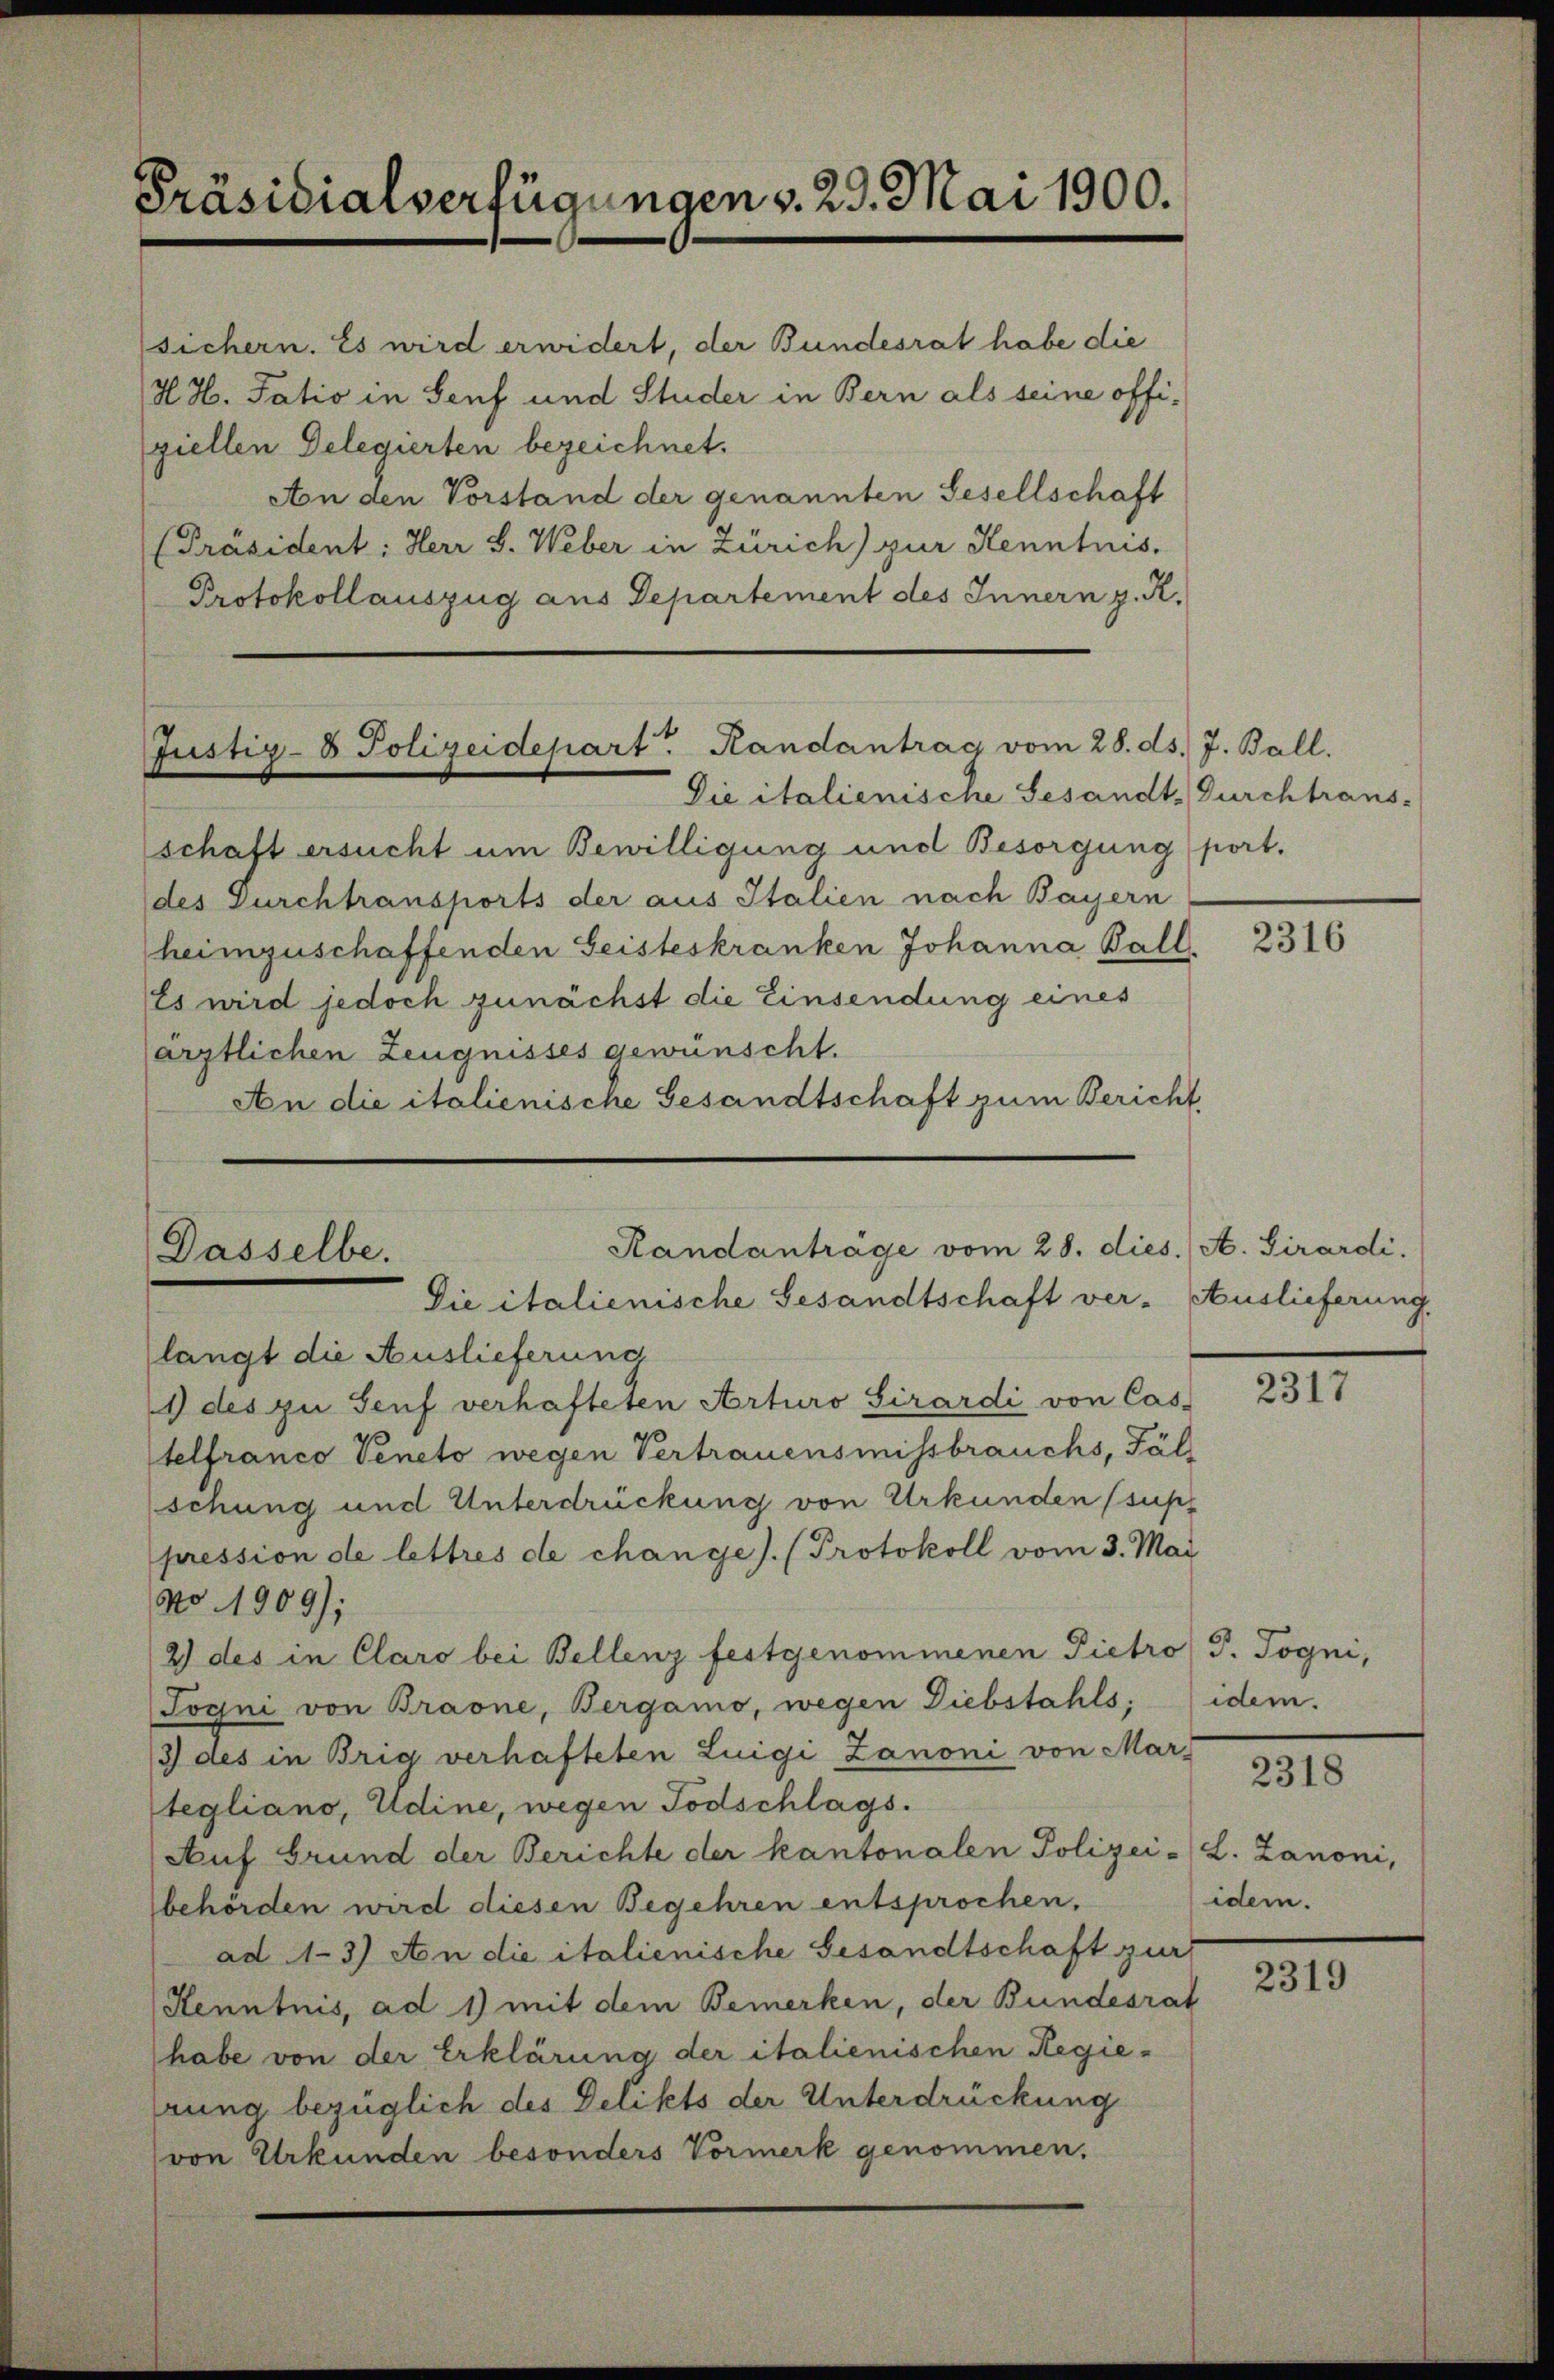
Präsidialverfügungen v. 29. Mai 1900.

sichern. Es wird erwidert, der Bundesrat habe die
H. H. Tatio in Senf und Studer in Bern als seine offiziellen Delegierten bezeichnet.
Aon den Vorstand der genannten Gesellschaft
[Präsident: Herr S. Weber in Zürich) zur Kenntnis.
Protokollauszug aus Departement des Innern z. R.

Justiz- & Polizeidepart Randantrag vom 28. ds. 7. Ball.

Handanträge vom 28. dies
Dasselbe.
Die italienische Gesandtschaft ver- Auslieferung.

Die italienische Gesandt. Durchtrans-
schaft ersucht um Bewilligung und Besorgung port.
des Durchtransports der aus Italien nach Bayern
heimzuschaffenden Geisteskranken Johanna Ball 2316
Es wird jedoch zunächst die Einsendung eines
ärztlichen Zeugnisses gewünscht.
An die italienische Gesandtschaft zum Bericht

langt die Auslieferung
9 des zu Senf verhafteten Arturo Sirardi von Cas-
telfranco Veneto wegen Vertrauensmissbrauchs, Fäll
schung und Unterdrückung von Urkunden (supp
pression de lettres de changes. (Protokoll vom 3. Mai
No. 1909);
2) des in Claro bei Bellenz festgenommenen Pietro P. Togni,
Sogni von Braone, Bergamo, wegen Diebstahls,
3 des in Brig verhafteten Luigi Zanoni von Mars
tegliano, Udine, wegen Todschlags.
Auf Grund der Berichte der kantonalen Polizei- L. Zanoni,
behörden wird diesen Begehren entsprochen.
ad 1-3) An die italienische Gesandtschaft zur
Kenntnis, ad 1) mit dem Bemerken, der Bundesrat
habe von der Erklärung der italienischen Regierung bezüglich des Delikts der Unterdrückung
von Urkunden besonders Vormerk genommen.

A. Girardi.

2317

idem.

2318

idem.

2319